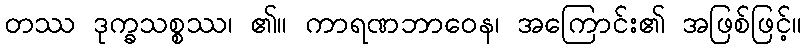
တဿ ဒုက္ခသစ္စဿ၊ ၏။ ကာရဏဘာဝေန၊ အကြောင်း၏ အဖြစ်ဖြင့်။